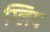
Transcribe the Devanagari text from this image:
ग्लिप